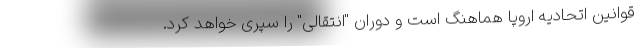
قوانین اتحادیه اروپا هماهنگ است و دوران "انتقالی" را سپری خواهد کرد.